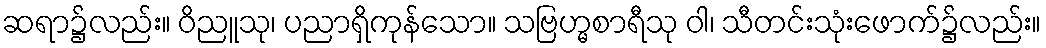
ဆရာ၌လည်း။ ဝိညူသု၊ ပညာရှိကုန်သော။ သဗြဟ္မစာရီသု ဝါ၊ သီတင်းသုံးဖောက်၌လည်း။